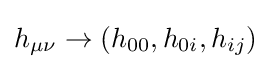
h_{\mu \nu }\to \left(h_{00},h_{0i},h_{ij}\right)